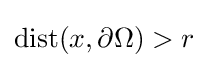
\operatorname {dist} (x,\partial \Omega )>r